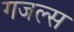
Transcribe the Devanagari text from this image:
गजल्स